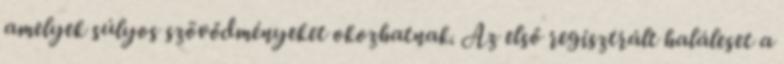
amelyek súlyos szövődményeket okozhatnak. Az első regisztrált haláleset a